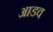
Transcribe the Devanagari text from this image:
आडव